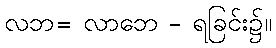
လဘ= လာဘေ - ရခြင်း၌။